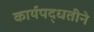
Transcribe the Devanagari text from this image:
कार्यपद्धतीने